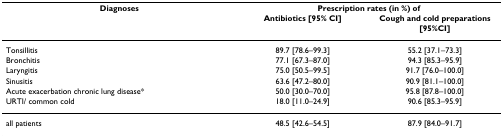
| Diagnoses | <COLSPAN=2> Prescription rates (in %) of |
 |  | Antibiotics [95% CI] | Cough and cold preparations [95%CI] |
 | --- | --- | --- |
 | Tonsillitis | 89.7 [78.6–99.3] | 55.2 [37.1–73.3] |
 | Bronchitis | 77.1 [67.3–87.0] | 94.3 [85.3–95.9] |
 | Laryngitis | 75.0 [50.5–99.5] | 91.7 [76.0–100.0] |
 | Sinusitis | 63.6 [47.2–80.0] | 90.9 [81.1–100.0] |
 | Acute exacerbation chronic lung disease* | 50.0 [30.0–70.0] | 95.8 [87.8–100.0] |
 | URTI/ common cold | 18.0 [11.0–24.9] | 90.6 [85.3–95.9] |
 | all patients | 48.5 [42.6–54.5] | 87.9 [84.0–91.7] |